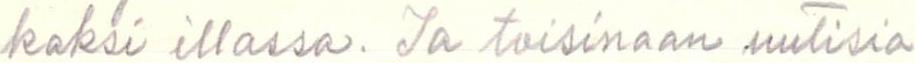
kaksi illassa. Ja toisinaan uutisia